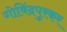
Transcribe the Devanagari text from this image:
गोविंदपुरकर